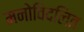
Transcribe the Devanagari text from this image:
मनोविदलित